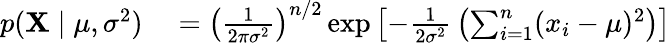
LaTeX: \begin{array}{rl}{p(\mathbf{X}\mid\mu,\sigma^{2})}&{{}=\left({\frac{1}{2\pi\sigma^{2}}}\right)^{n/2}\exp\left[-{\frac{1}{2\sigma^{2}}}\left(\sum_{i=1}^{n}(x_{i}-\mu)^{2}\right)\right]}\end{array}